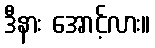
ဒီနား အောင့်လား။